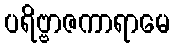
ပရိဗ္ဗာဇကာရာမေ